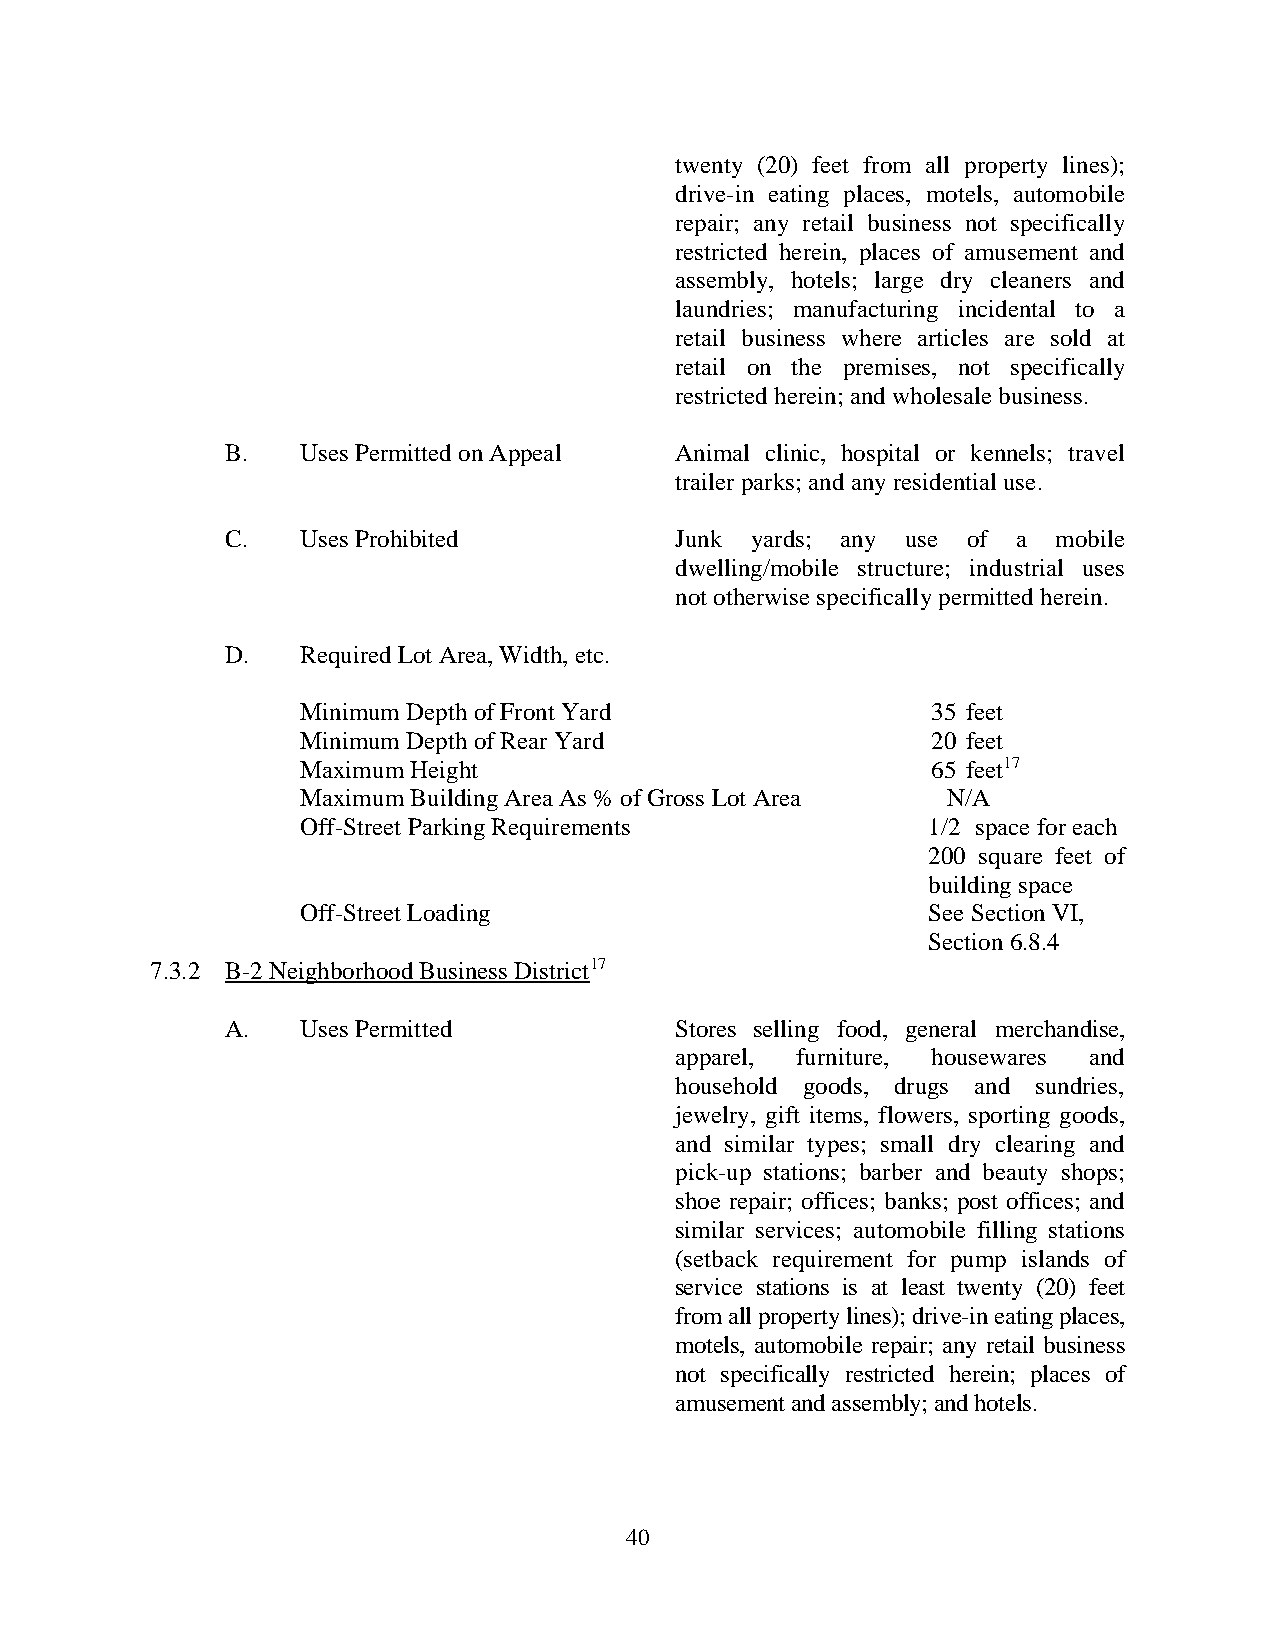
twenty (20) feet from all property lines);
 drive-in eating places, motels, automobile
 repair; any retail business not specifically
 restricted herein, places of amusement and
 assembly, hotels; large dry cleaners and
 laundries; manufacturing incidental to a
 retail business where articles are sold at
 retail on the premises, not specifically
 restricted herein; and wholesale business.
 B.   Uses Permitted on Appeal Animal clinic, hospital or kennels; travel
 trailer parks; and any residential use.
 C.   Uses Prohibited          Junk yards; any use of a mobile
 dwelling/mobile structure; industrial uses
 not otherwise specifically permitted herein.
 D.   Required Lot Area, Width, etc.
 Minimum Depth of Front Yard               35 feet
 Minimum Depth of Rear Yard                20 feet
 Maximum Height                            65 feet17
 Maximum Building Area As % of Gross Lot Area N/A
 Off-Street Parking Requirements          1/2 space for each
 200 square feet of
 building space
 Off-Street Loading                       See Section VI,
 Section 6.8.4
 7.3.2 B-2 Neighborhood Business District17
 A.   Uses Permitted           Stores selling food, general merchandise,
 apparel, furniture, housewares and
 household goods, drugs and sundries,
 jewelry, gift items, flowers, sporting goods,
 and similar types; small dry clearing and
 pick-up stations; barber and beauty shops;
 shoe repair; offices; banks; post offices; and
 similar services; automobile filling stations
 (setback requirement for pump islands of
 service stations is at least twenty (20) feet
 from all property lines); drive-in eating places,
 motels, automobile repair; any retail business
 not specifically restricted herein; places of
 amusement and assembly; and hotels.
 40